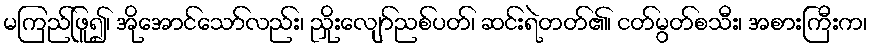
မကြည်ဖြူ၍၊ အိုအောင်သော်လည်း၊ ညှိုးလျော်ညစ်ပတ်၊ ဆင်းရဲတတ်၏၊ ငတ်မွတ်စသီး၊ အစားကြီးက၊